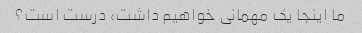
ما اینجا یک مهمانی خواهیم داشت، درست است؟